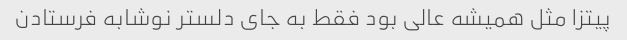
پیتزا مثل همیشه عالی بود فقط به جای دلستر نوشابه فرستادن